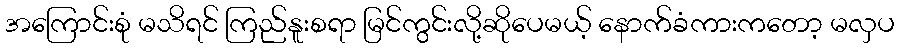
အကြောင်းစုံ မသိရင် ကြည်နူးစရာ မြင်ကွင်းလို့ဆိုပေမယ့် နောက်ခံကားကတော့ မလှပ